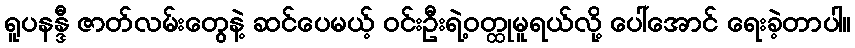
ရူပနန္ဒီ ဇာတ်လမ်းတွေနဲ့ ဆင်ပေမယ့် ဝင်းဦးရဲ့ဝတ္ထုမူရယ်လို့ ပေါ်အောင် ရေးခဲ့တာပါ။